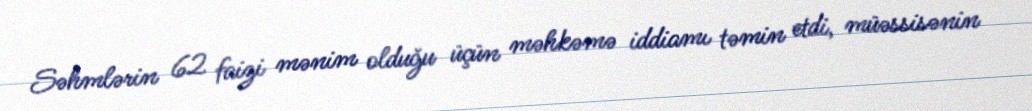
Səhmlərin 62 faizi mənim olduğu üçün məhkəmə iddiamı təmin etdi, müəssisənin